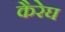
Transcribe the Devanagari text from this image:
कैरेघ